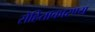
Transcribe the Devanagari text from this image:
रोहिताकारण्य